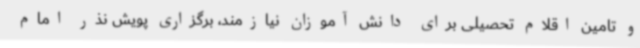
و تامین اقلام تحصیلی برای دانش آموزان نیازمند، برگزاری پویش نذر امام